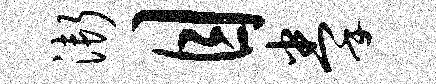
渐目拳